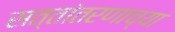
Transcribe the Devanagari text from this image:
सत्तांतरणाच्या